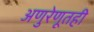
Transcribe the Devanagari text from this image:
अणुरेणूतही